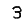
Digit: 3